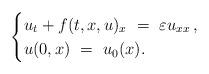
LaTeX: \begin{align*} \begin{cases} u_t + f(t,x,u)_x~=~\varepsilon u_{xx}\,,\\ u(0,x)~=~u_0 (x). \end{cases}\end{align*}